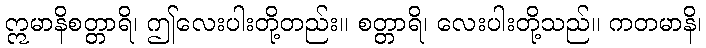
ဣမာနိစတ္တာရိ၊ ဤလေးပါးတို့တည်း။ စတ္တာရိ၊ လေးပါးတို့သည်။ ကတမာနိ၊